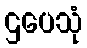
ဌပေသုံ